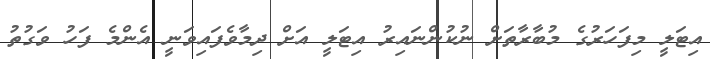
އިޓަލީ މިފަހަރުގެ މުބާރާތަށް ނުކުންނައިރު އިޓަލީ އަށް ދިމާވެފައިވަނީ އެންމެ ފަހު ވަގުތު